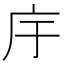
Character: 㡰